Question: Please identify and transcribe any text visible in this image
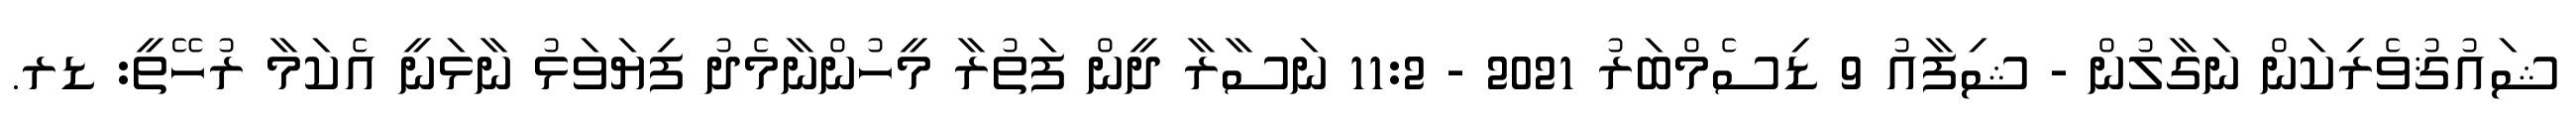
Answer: ޝައުޤުވެރިކަން ނަގާލުން - ޝިފާއު 9 ޑިސެމްބަރު 2021 - 11:2 ނަސާރާ ދީން ފަތުރާ މީހުންނާމެދު ފިޔަވަޅު ނާޅަނީ އެކަމާ ރުހޭތީ: ޑރ.